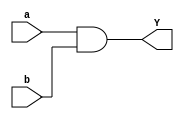
module continuous_assignment (
    input wire a,
    input wire b,
    output reg Y
);

assign Y = a & b;

endmodule